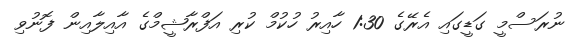
ނުރަސްމީ ގަޑީގައި އެރޭގެ 1:30 ހާއިރު ހުކުމް ކުރި އަފްރާޝީމްގެ އާއިލާއިން ފޮނުވި